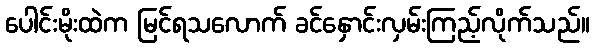
ပေါင်းမိုးထဲက မြင်ရသလောက် ခင်နှောင်းလှမ်းကြည့်လိုက်သည်။